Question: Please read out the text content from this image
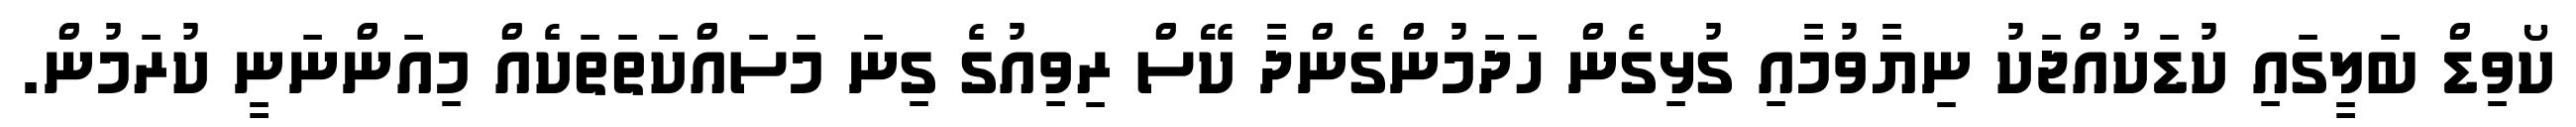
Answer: ކޯވިޑް ބަލީގައި ކުޑަކުއްޖަކު ނިޔާވުމާއި ގުޅިގެން ހަދަމުންގެންދާ ކޭސް ރިވިއުގެ ގިނަ މަސައްކަތަތަކެއް މިއަންނަނީ ކުރަމުން.